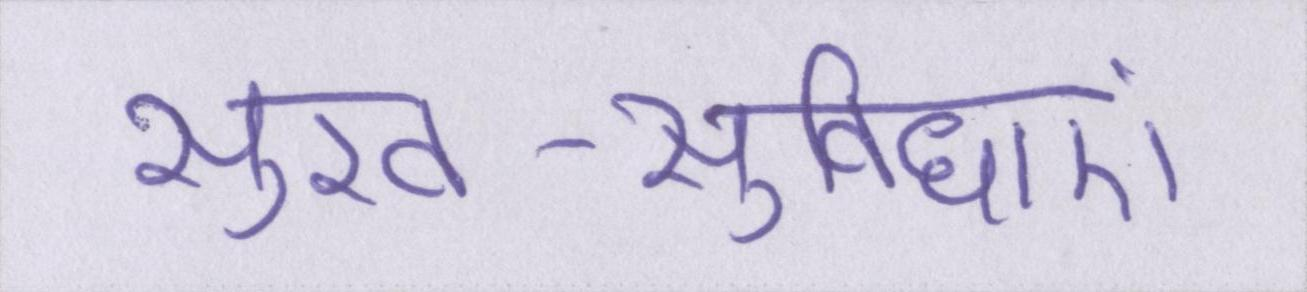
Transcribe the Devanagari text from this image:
सुख-सुविधाएं